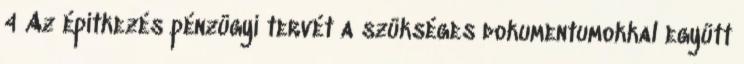
4 Az építkezés pénzügyi tervét a szükséges dokumentumokkal együtt